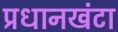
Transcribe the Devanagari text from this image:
प्रधानखंटा